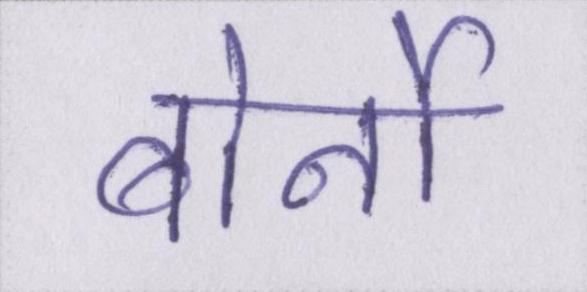
बोर्नो